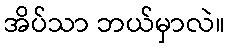
အိပ်သာ ဘယ်မှာလဲ။